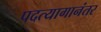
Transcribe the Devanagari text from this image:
पदत्यागानंतर